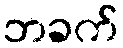
ဘခက်